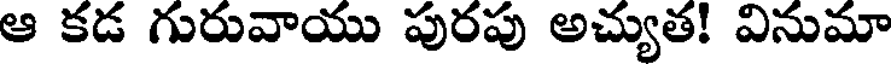
ఆ కడ గురువాయు పురపు అచ్యుత! వినుమా